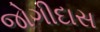
જોગીદાસ